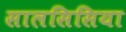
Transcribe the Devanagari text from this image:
सालसिसिया